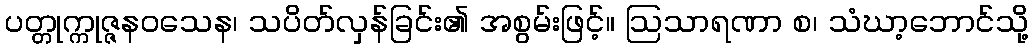
ပတ္တုက္ကုဇ္ဇနဝသေန၊ သပိတ်လှန်ခြင်း၏ အစွမ်းဖြင့်။ ဩသာရဏာ စ၊ သံဃာ့ဘောင်သို့